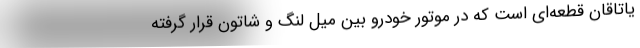
یاتاقان قطعه‌ای است که در موتور خودرو بین میل لنگ و شاتون قرار گرفته